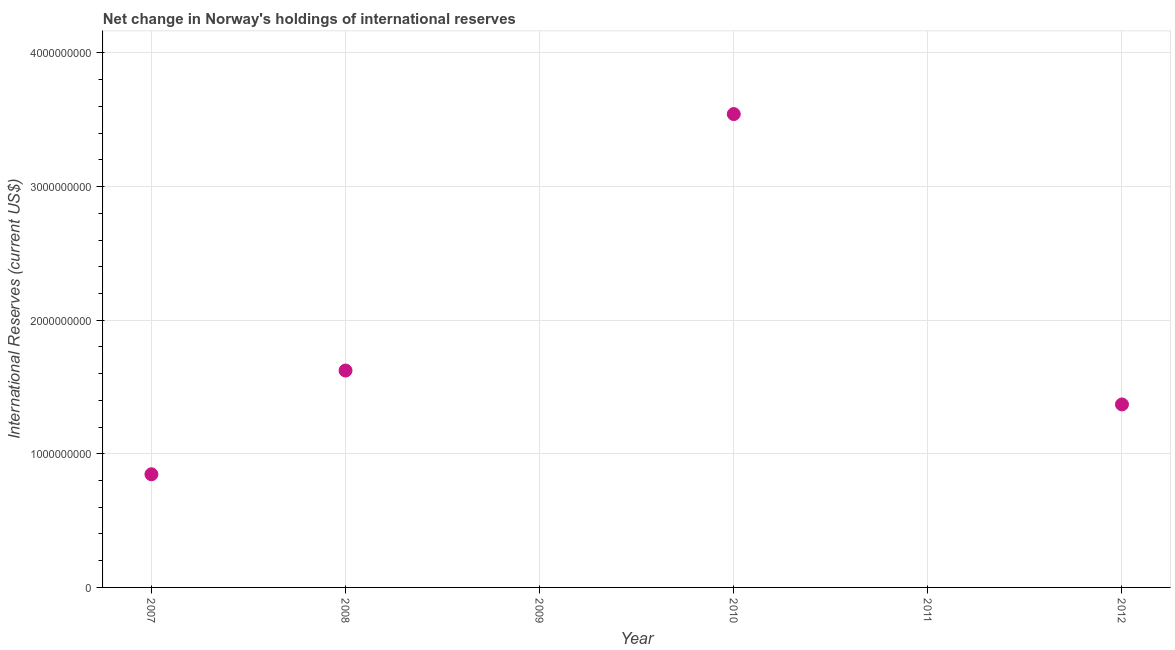
| Year | Reserves and related items |
 | --- | --- |
 | 2007 | 8.47e+08 |
 | 2008 | 1.62e+09 |
 | 2009 | -8.92e+09 |
 | 2010 | 3.54e+09 |
 | 2011 | -3.03e+09 |
 | 2012 | 1.37e+09 |